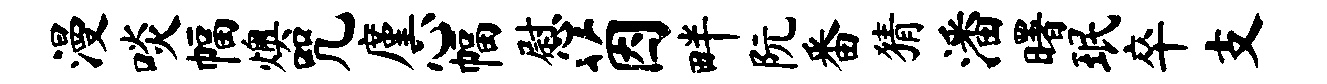
漫啖幅燠咒廑心幅慰茵畔阮番猜潘曙珉卒支